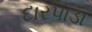
દારપાડા